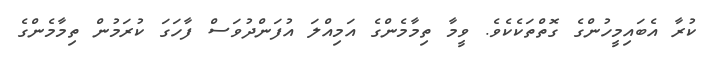
ކުރާ އެބައިމީހުންގެ ގޮތްތަކެކެވެ. ވީމާ ތިމާމެންގެ އަމިއްލަ އުފަންދުވަސް ފާހަގަ ކުރަމުން ތިމާމެންގެ